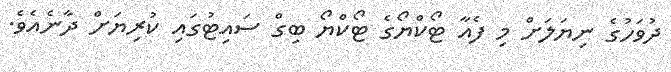
ދުވަހުގެ ނިޔަލަށް މި ފެއާ ޓޯކްޔޯގެ ޓޯކްޔޯ ބިގް ސައިޓުގައި ކުރިޔަށް ދާނެއެވެ.